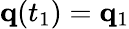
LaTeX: \mathbf{q}(t_{1})=\mathbf{q}_{1}